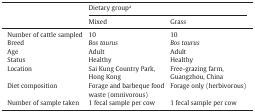
| <ROWSPAN=2>  | <COLSPAN=2> Dietary groupa |
 | Mixed | Grass |
 | --- | --- | --- |
 | Number of cattle sampled | 10 | 10 |
 | Breed | Bos taurus | Bos taurus |
 | Age | Adult | Adult |
 | Status | Healthy | Healthy |
 | Location | Sai Kung Country Park, Hong Kong | Free-grazing farm, Guangzhou, China |
 | Diet composition | Forage and barbeque food waste (omnivorous) | Forage only (herbivorous) |
 | Number of sample taken | 1 fecal sample per cow | 1 fecal sample per cow |